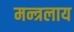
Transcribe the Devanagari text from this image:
मन्त्रलाय